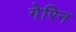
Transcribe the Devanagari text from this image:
गेरिन